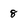
Character: 8